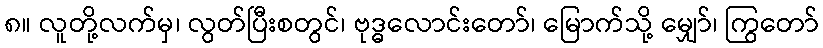
၈။ လူတို့လက်မှ၊ လွတ်ပြီးစတွင်၊ ဗုဒ္ဓလောင်းတော်၊ မြောက်သို့ မျှော်၊ ကြွတော်